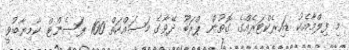
މި ފިލްމާއެކު ޑައިރެކްޓަރެއްގެ ގޮތުން ޕްރަބޫ ދޭވާގެ މަސައްކަތް 100 ޕަސެންޓް ކާމިޔާބުވީ